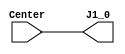
`timescale 1ns / 1ps

module switch_bounce(
    input wire Center,
    output wire J1_0
    );
    
    assign J1_0 = Center;

endmodule